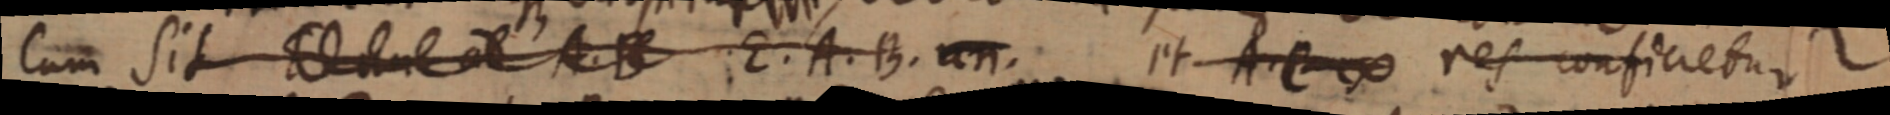
Cum Sit _ A. B E. A. B. un. et A. C ∞ res conficiebur